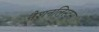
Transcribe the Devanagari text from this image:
नैशनलिस्ट्स